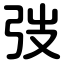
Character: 弢